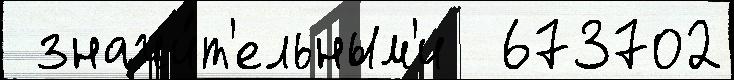
 значи́т'ельным'и  673702